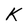
Character: K